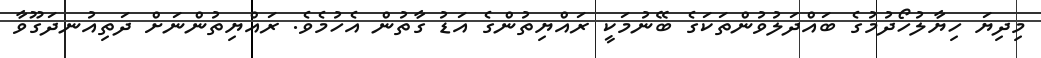
މިދިޔަ ހިޔާލުހޯދުމުގެ ބައްދަލުވުންތަކަގެ ބޭނުމަކީ ރައްޔިތުންގެ އަޑު ގާތުން އެހުމެވެ. ރައްޔިތުންނަށް ދަތިއުނދަގޫވާ